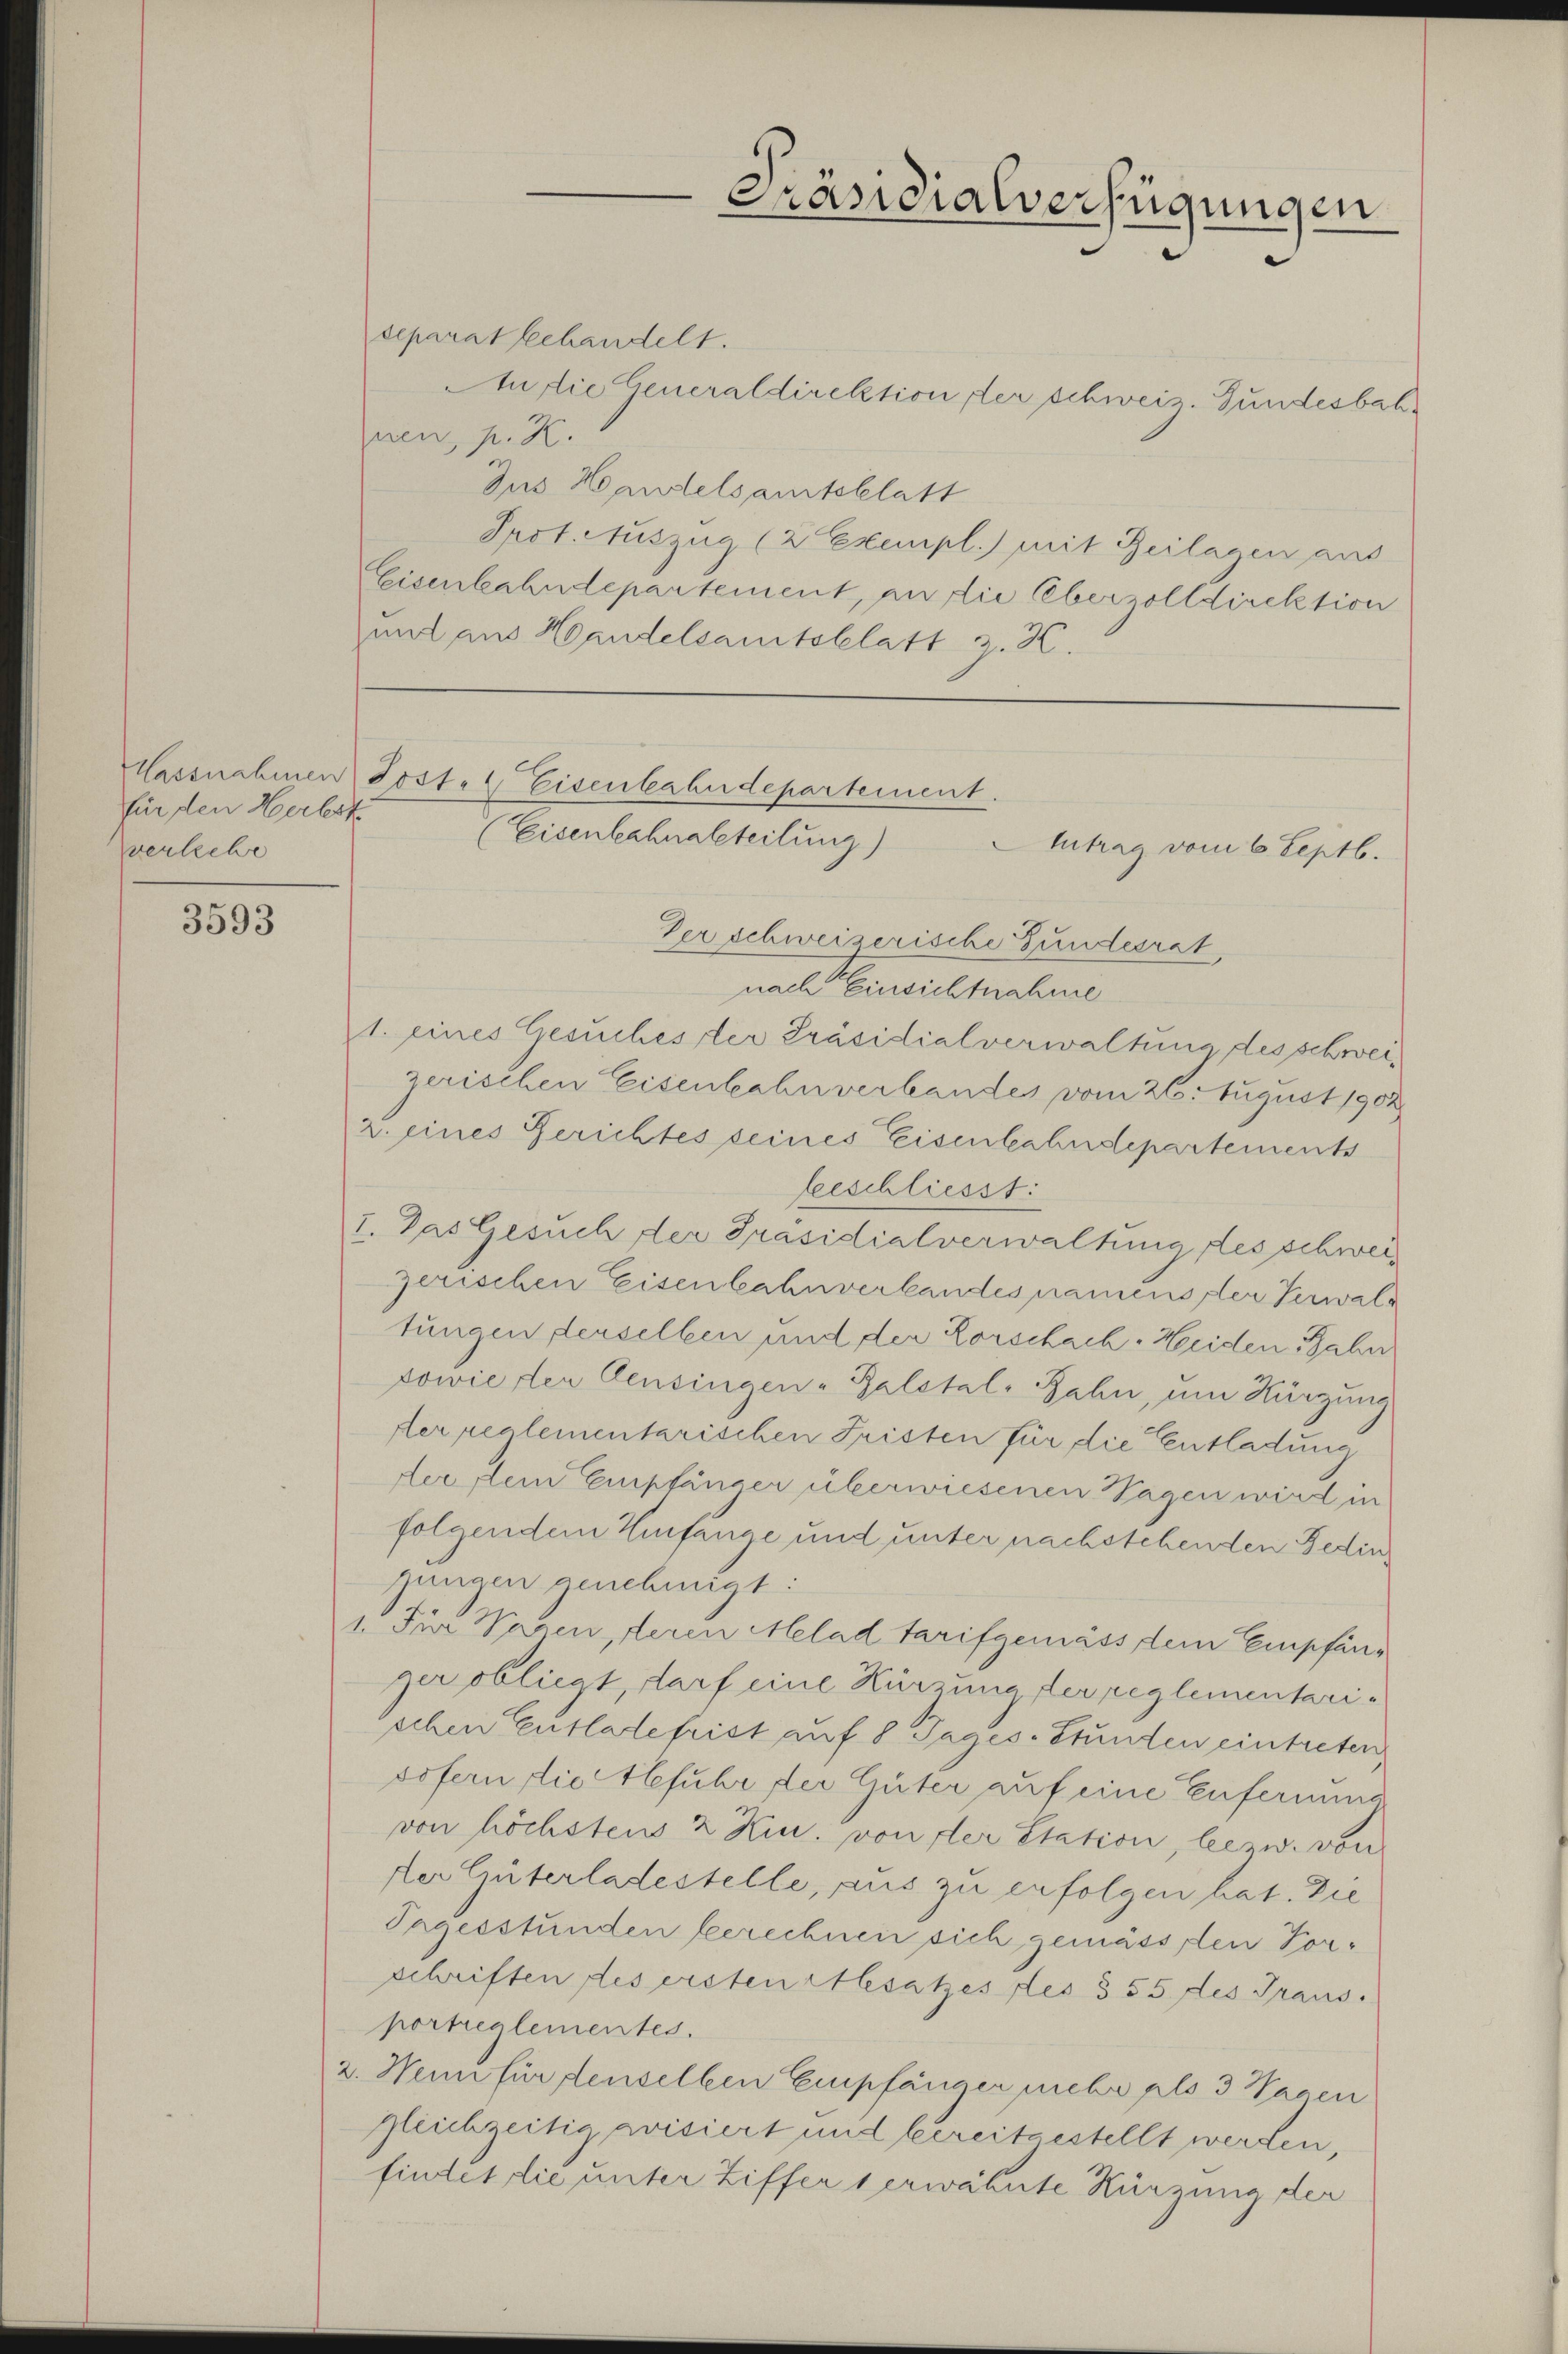
für den Herbst
verlebe

3593

separat behandelt.
An die Generaldirektion der schweiz. Gundesbah
nen, p. K.
Jus Handelsamtsblatt
Prot. Auszug (2 Exempl.) mit Beilagen aus
Eisenbahndepartement, zu die Oberzolldirektion
unt aus Handelsamtsblatt z. B.

Präsidialverfügungen

Hassnahmen Posten Eisenbahndepartement.
(Eisenbahnabteilung)
Intrag vom 6. Septb.

Ver schweizerische Gundesrat,
nach Einsichtnahme
1. eines Gesuches der Präsidialverwaltung des schweizerischen Eisenbahnverbandes vom 26. August 1902
2. eines Gerichtes seines Eisenbahndepartements
beschliesst:
I. Das Gesuch der Präsidialverwaltung des schweiz
zerischen Eisenbahnverbandes namens der Verwaltungen derselben und der Korschach. Heiden Jahr
sowie der Censingen - Balstal-Bahn, um Hürzung
der reglementarischen Fristen für die Entladung
der dem Empfänger überwiesenen Tagen wird in
folgendem Umfange und unter nachstehenden Bedinjungen genehmigt:
1. Für Wagen, deren Melad tarifgemäss dem Empfänper obliegt, darf eine Kürzung der reglementarischen Entlade frist auf 8 Tages. Stunden eintreten
sofern die Hefuhr der Güter auf eine Enfernung
von höchstens 2 Kin. von der Station, leezw. von
der Einterladestelle, aus zu erfolgen hat. Die
Tagesstunden berechnen sich gemässen Vorschriften des erstenstlesatzes des § 55 des Traus.
portreglementes.
2. Wenn für denselben Empfänger mehrer plo 3 Wagen
gleichzeitig avisiert und bereitgestellt werden,
findet die unter Ziffers erwähnte Kürzung der